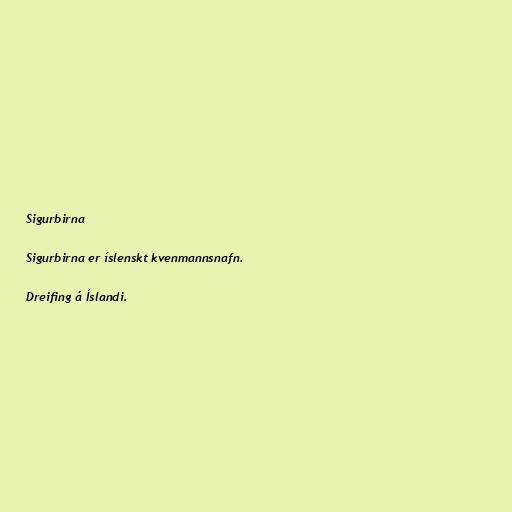
Sigurbirna

Sigurbirna er íslenskt kvenmannsnafn.

Dreifing á Íslandi.